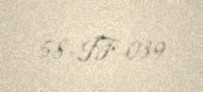
58-IF-039